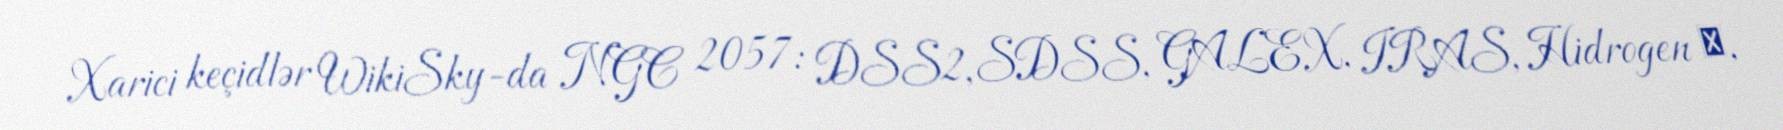
Xarici keçidlər WikiSky-da NGC 2057: DSS2, SDSS, GALEX, IRAS, Hidrogen α,